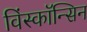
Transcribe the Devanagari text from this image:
विंस्कॉन्सिन